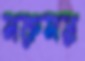
মরুময়